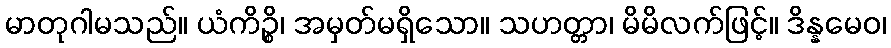
မာတုဂါမသည်။ ယံကိဉ္စိ၊ အမှတ်မရှိသော။ သဟတ္တာ၊ မိမိလက်ဖြင့်။ ဒိန္နမေဝ၊